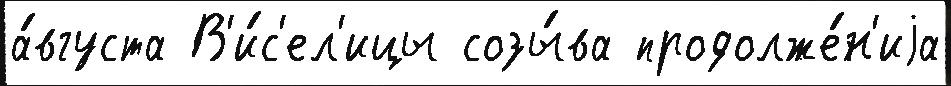
а́вгуста В'и́с'ел'ицы созы́ва продолже́н'иjа